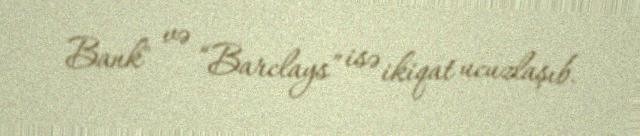
Bank" və “Barclays” isə ikiqat ucuzlaşıb.